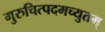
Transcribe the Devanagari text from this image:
गुरुचित्पदमच्युतम्